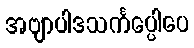
အဗျာပါဒသင်္ကပ္ပေါပေ